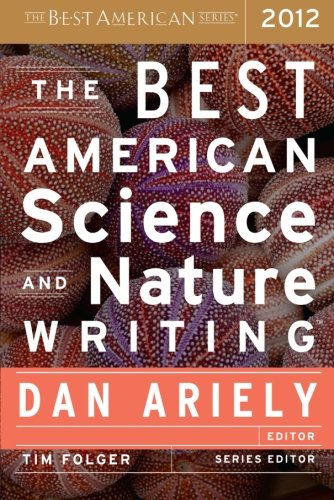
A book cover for The Best American Science and Nature Writing 2012; Science & Math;